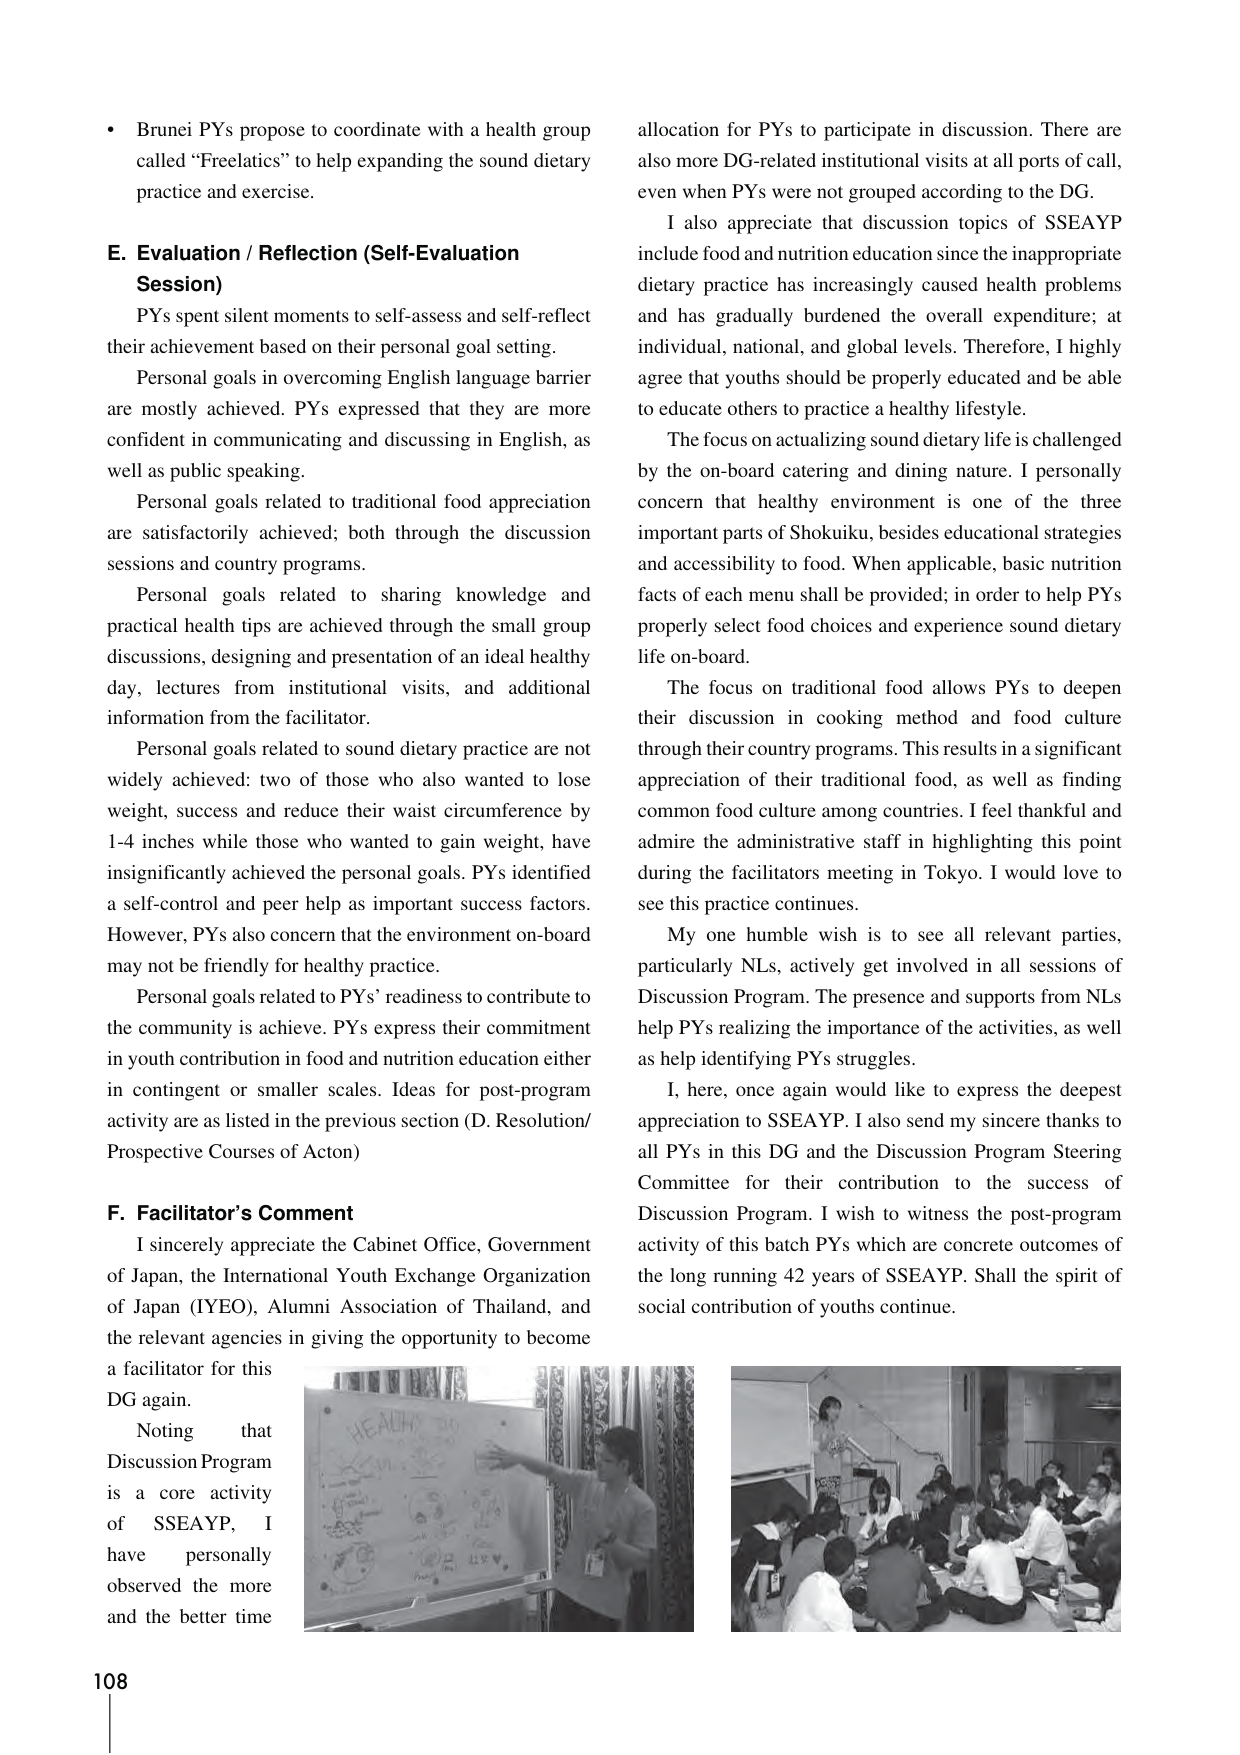
• Brunei PYs propose to coordinate with a health group called “Freelatics” to help expanding the sound dietary practice and exercise.

E. Evaluation / Reflection (Self-Evaluation Session)

PYs spent silent moments to self-assess and self-reflect their achievement based on their personal goal setting.

Personal goals in overcoming English language barrier are mostly achieved. PYs expressed that they are more confident in communicating and discussing in English, as well as public speaking.

Personal goals related to traditional food appreciation are satisfactorily achieved; both through the discussion sessions and country programs.

Personal goals related to sharing knowledge and practical health tips are achieved through the small group discussions, designing and presentation of an ideal healthy day, lectures from institutional visits, and additional information from the facilitator.

Personal goals related to sound dietary practice are not widely achieved: two of those who also wanted to lose weight, success and reduce their waist circumference by 1-4 inches while those who wanted to gain weight, have insignificantly achieved the personal goals. PYs identified a self-control and peer help as important success factors. However, PYs also concern that the environment on-board may not be friendly for healthy practice.

Personal goals related to PYs’ readiness to contribute to the community is achieve. PYs express their commitment in youth contribution in food and nutrition education either in contingent or smaller scales. Ideas for post-program activity are as listed in the previous section (D. Resolution/ Prospective Courses of Acton)

F. Facilitator’s Comment

I sincerely appreciate the Cabinet Office, Government of Japan, the International Youth Exchange Organization of Japan (IYEO), Alumni Association of Thailand, and the relevant agencies in giving the opportunity to become a facilitator for this DG again.

Noting that Discussion Program is a core activity of SSEAYP, I have personally observed the more and the better time

allocation for PYs to participate in discussion. There are also more DG-related institutional visits at all ports of call, even when PYs were not grouped according to the DG.

I also appreciate that discussion topics of SSEAYP include food and nutrition education since the inappropriate dietary practice has increasingly caused health problems and has gradually burdened the overall expenditure; at individual, national, and global levels. Therefore, I highly agree that youths should be properly educated and be able to educate others to practice a healthy lifestyle.

The focus on actualizing sound dietary life is challenged by the on-board catering and dining nature. I personally concern that healthy environment is one of the three important parts of Shokuiku, besides educational strategies and accessibility to food. When applicable, basic nutrition facts of each menu shall be provided; in order to help PYs properly select food choices and experience sound dietary life on-board.

The focus on traditional food allows PYs to deepen their discussion in cooking method and food culture through their country programs. This results in a significant appreciation of their traditional food, as well as finding common food culture among countries. I feel thankful and admire the administrative staff in highlighting this point during the facilitators meeting in Tokyo. I would love to see this practice continues.

My one humble wish is to see all relevant parties, particularly NLs, actively get involved in all sessions of Discussion Program. The presence and supports from NLs help PYs realizing the importance of the activities, as well as help identifying PYs struggles.

I, here, once again would like to express the deepest appreciation to SSEAYP. I also send my sincere thanks to all PYs in this DG and the Discussion Program Steering Committee for their contribution to the success of Discussion Program. I wish to witness the post-program activity of this batch PYs which are concrete outcomes of the long running 42 years of SSEAYP. Shall the spirit of social contribution of youths continue.

108